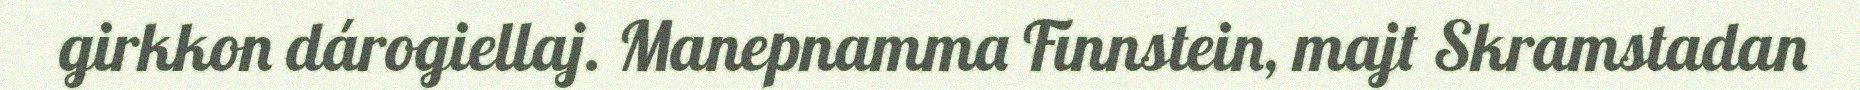
girkkon dárogiellaj. Manepnamma Finnstein, majt Skramstadan